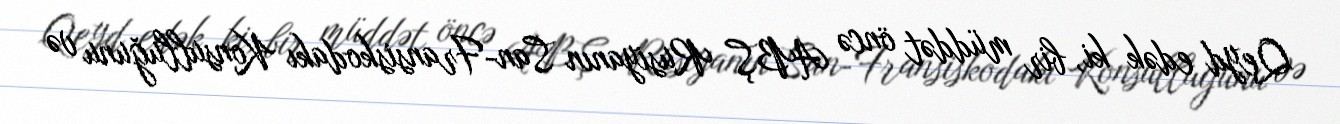
Qeyd edək ki, bir müddət öncə ABŞ Rusiyanın San-Fransiskodakı Konsulluğunu və